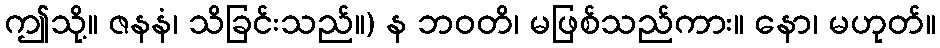
ဤသို့။ ဇနနံ၊ သိခြင်းသည်။) န ဘဝတိ၊ မဖြစ်သည်ကား။ နော၊ မဟုတ်။